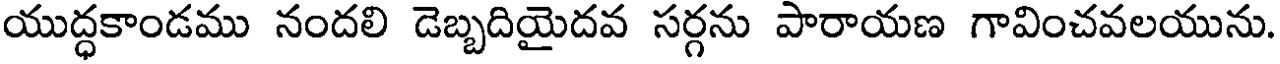
యుద్ధకాండము నందలి డెబ్బదియైదవ సర్గను పారాయణ గావించవలయును